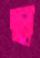
স্ব